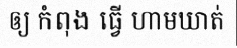
ឲ្យ កំពុង ធ្វើ ហាមឃាត់